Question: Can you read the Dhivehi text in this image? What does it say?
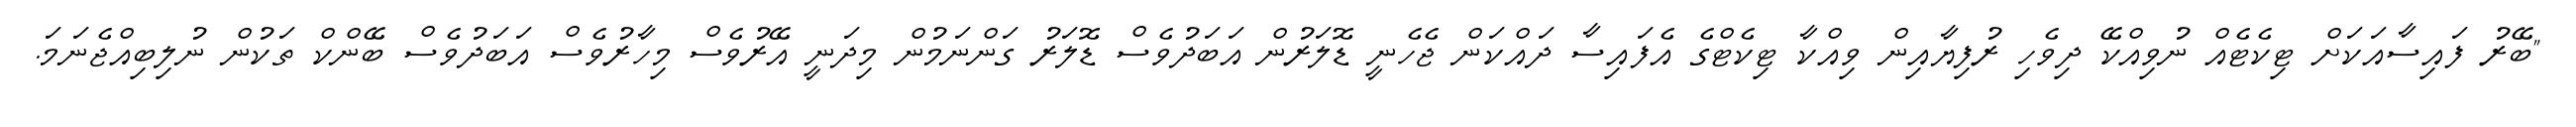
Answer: "ބޭރު ފައިސާއަކަށް ޓިކެޓެއް ނުވިއްކޭ ދިވެހި ރުފިޔާއިން ވިއްކާ ޓިކެޓްގެ އެފައިސާ ދައްކަން ޖެހެނީ ޑޮލަރުން އަބަދުވެސް ޑޮލަރު ގަންނަމުން މިދަނީ އޭރުވެސް މިހާރުވެސް އަބަދުވެސް ބޭންކް ތަކުން ނުލިބިއްޖެނަމަ.